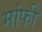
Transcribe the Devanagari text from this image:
मांफी